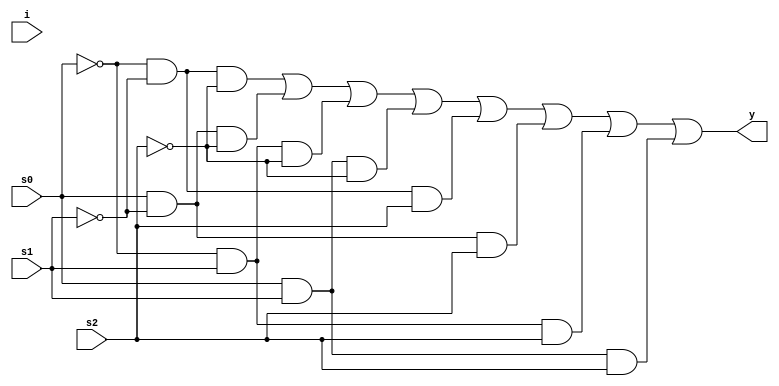
module mux_8_1(s0,s1,s2,i,y);
    input [7:0]i;
	  input s0,s1,s2;
	  output y;
  
	  wire [11:1]w;
    not n1(w[1],s0);
    not n2(w[2],s1);
    not n3(w[3],s2);
    and a1(w[4],w[1],w[2],w[3]);
    and a2(w[5],s0,w[2],w[3]);
    and a3(w[6],w[1],s1,w[3]);
    and a4(w[7],s0,s1,w[3]);
    and a5(w[8],w[1],w[2],s2);
    and a6(w[9],s0,w[2],s2);
    and a7(w[10],w[1],s1,s2);
    and a8(w[11],s0,s1,s2);
    or o1(y,w[4],w[5],w[6],w[7],w[8],w[9],w[10],w[11]);
endmodule